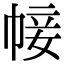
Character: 帹